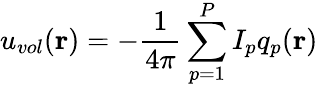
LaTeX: u_{vol}(\mathbf{r})=-\frac{1}{4\pi}\sum_{p=1}^{P}I_{p}q_{p}(\mathbf{r})